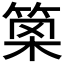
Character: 𥮣